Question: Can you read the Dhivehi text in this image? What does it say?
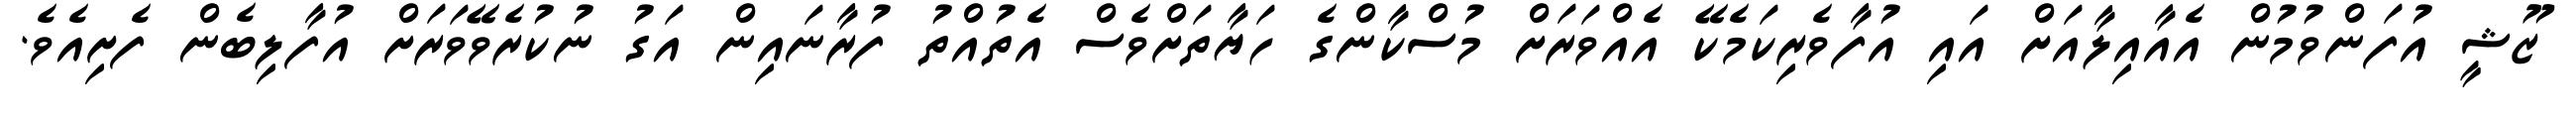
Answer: ޒޫޝީ އުފަންވުމުން އެއާއިލާއަށް އައި އުފާވެރިކަމެކޭ އެއްވަރަށް މުސްކާންގެ ހަޔާތަށްވެސް އެތުއްތު ފުރާނައިން އަގު ނުކުރެވޭވަރަށް އުފާލިބެން ފެށިއެވެ.